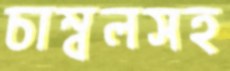
চাম্বলসহ